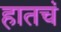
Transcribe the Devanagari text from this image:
हातचं